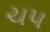
ચપ